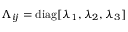
\Lambda _ { i j } = \operatorname { d i a g } [ \lambda _ { 1 } , \lambda _ { 2 } , \lambda _ { 3 } ]